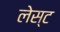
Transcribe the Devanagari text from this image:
लेस्ट